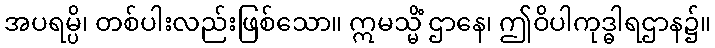
အပရမ္ပိ၊ တစ်ပါးလည်းဖြစ်သော။ ဣမသ္မိံ ဌာနေ၊ ဤဝိပါကုဒ္ဓါရဌာန၌။